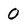
Character: 0